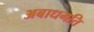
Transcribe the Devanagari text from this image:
अबाधगति